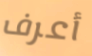
أعرف